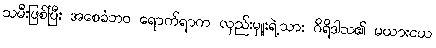
သမီးဖြစ်ပြီး အစေခံဘဝ ရောက်ရာက လှည်းမှူးရဲ့သား ဂိရိဒါသ၏ မယားငယ